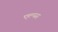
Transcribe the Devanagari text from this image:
एल्पस